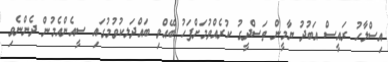
އިސްލާހު ރައީސް އަބުދު ޔާމީން ތަސްދީގު ކުރެއްވުމަށްފަހު ބޭއްވި ބައްދަލކުވުމުގައި ސީއެންއެމުން ދެންނެވި